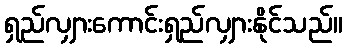
ရှည်လျှားကောင်းရှည်လျှားနိုင်သည်။